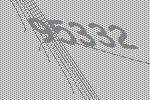
95332